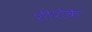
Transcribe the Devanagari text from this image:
शीशेके